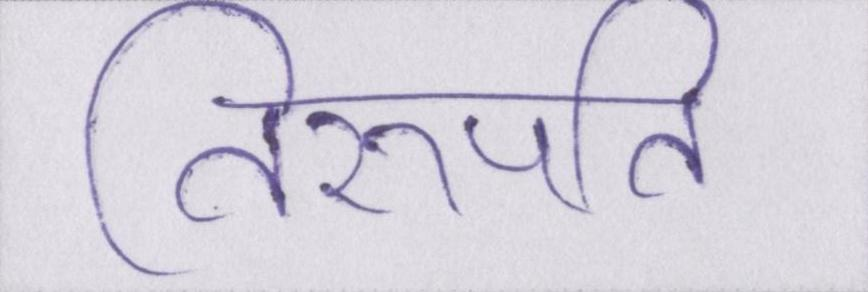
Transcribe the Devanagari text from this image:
तिरुपति